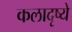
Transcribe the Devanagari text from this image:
कलादृष्ये